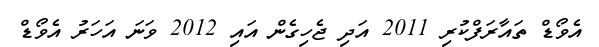
އެވޯޑް ތައާރަފްކުރި 2011 އަދި ޖެހިގެން އައި 2012 ވަނަ އަހަރު އެވޯޑް